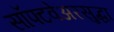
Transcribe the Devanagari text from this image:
सॉफ्टवेअरसुद्धा